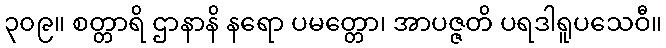
၃၀၉။ စတ္တာရိ ဌာနာနိ နရော ပမတ္တော၊ အာပဇ္ဇတိ ပရဒါရူပသေဝီ။